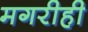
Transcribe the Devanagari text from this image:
मगरीही